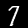
Label: 7